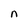
Character: n